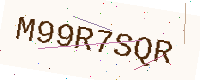
Text: M99R7SQR